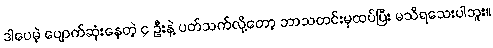
ဒါပေမဲ့ ပျောက်ဆုံးနေတဲ့ ၄ ဦးနဲ့ ပတ်သက်လို့တော့ ဘာသတင်းမှထပ်ပြီး မသိရသေးပါဘူး။